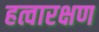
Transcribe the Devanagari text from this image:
हत्वारक्षण